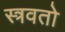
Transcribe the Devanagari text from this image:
स्त्रवतो